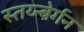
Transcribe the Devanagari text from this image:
स्तय्न्बेर्गन